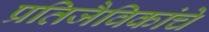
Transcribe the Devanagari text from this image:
प्रतिजैविकांचे